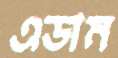
এডাম